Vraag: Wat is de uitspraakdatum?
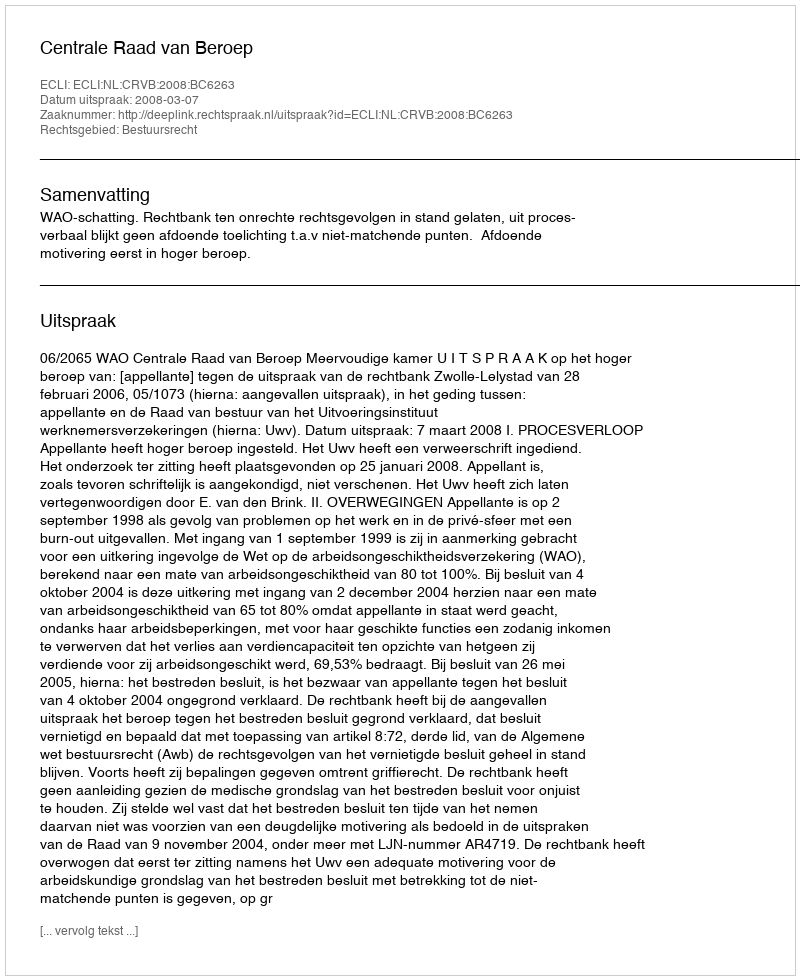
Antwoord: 2008-03-07